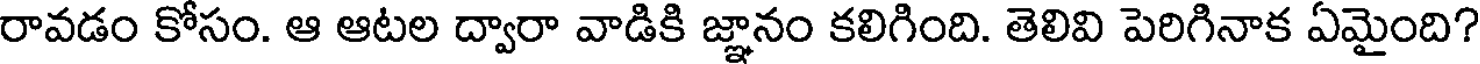
రావడం కోసం. ఆ ఆటల ద్వారా వాడికి జ్ఞానం కలిగింది. తెలివి పెరిగినాక ఏమైంది?